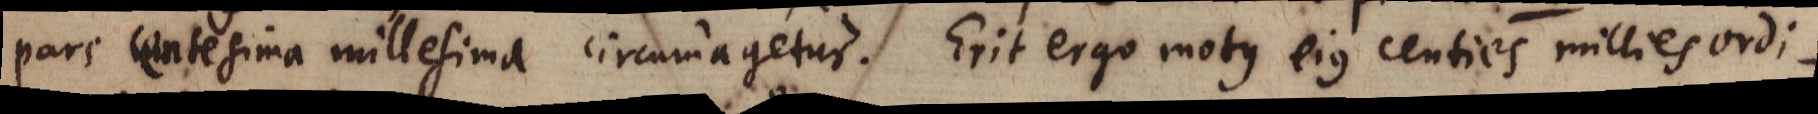
pars centesima millesima circumagetur. Erit ergo motus ejus centies millies ordi-